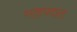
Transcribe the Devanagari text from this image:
भाद्रपदात